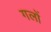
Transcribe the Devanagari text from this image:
गलों